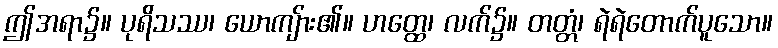
ဤအရာ၌။ ပုရိသဿ၊ ယောကျ်ား၏။ ဟတ္ထေ၊ လက်၌။ တတ္တံ၊ ရဲရဲတောက်ပူသော။